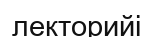
лекторийі